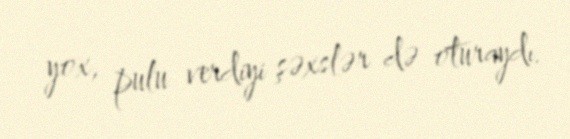
yox, pulu verdiyi şəxslər də oturaydı.